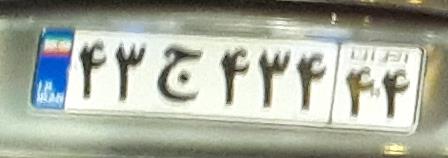
۴۳ج۴۳۴۴۴